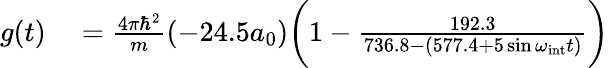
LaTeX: \begin{array}{rl}{g(t)}&{{}=\frac{4\pi\hbar^{2}}{m}(-24.5a_{0})\bigg(1-\frac{192.3}{736.8-(577.4+5\sin\omega_{\mathrm{int}}t)}\bigg)}\end{array}